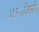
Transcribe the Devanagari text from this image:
४२॰डिग्री